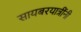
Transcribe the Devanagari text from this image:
सायबरयात्रींनी